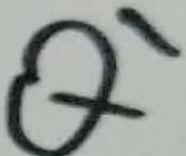
Text: Q1